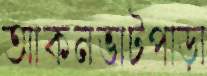
আকনভাটপাড়া